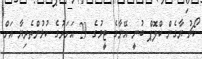
ކޯޗު ޔާގެން ކްލޮޕް ބުނީ އޭނާގެ ޓީމުގެ 29 އަހަރުގެ ކުޅުންތެރިޔާ އަށް